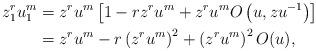
LaTeX: \begin{align*}z_1^ru_1^m&=z^ru^m\left[1-rz^ru^m+z^ru^mO\left(u,zu^{-1}\right)\right]\\&=z^ru^m-r\left(z^ru^m\right)^2+\left(z^ru^m\right)^2O(u),\end{align*}